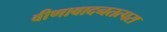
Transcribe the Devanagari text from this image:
वीणावादनतत्परा